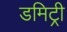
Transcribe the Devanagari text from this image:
डमिट्री